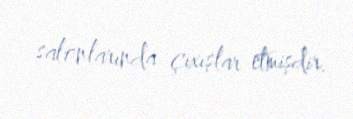
salonlarında çıxışlar etmişdir.